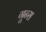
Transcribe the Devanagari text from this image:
गून्स